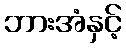
ဘားအံနှင့်